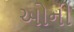
ઓની